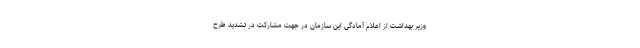
وزیر بهداشت از اعلام آمادگی این سازمان در جهت مشارکت در تشدید طرح